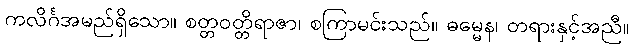
ကလိင်္ဂအမည်ရှိသော။ စတ္တဝတ္တိရာဇာ၊ စကြာမင်းသည်။ ဓမ္မေန၊ တရားနှင့်အညီ။